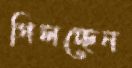
গিলচ্ছেন